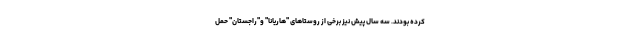
کرده بودند. سه سال پیش نیز برخی از روستاهای "هاریانا" و"راجستان" حمل